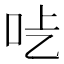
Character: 𠯡